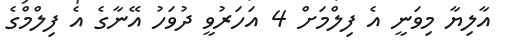
އާލިޔާ މިވަނީ އެ ފިލްމަށް 4 އަހަރުވީ ދުވަހު އޭނާގެ އެ ފިލްމްގެ